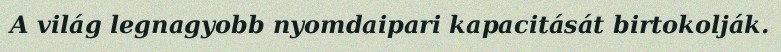
A világ legnagyobb nyomdaipari kapacitását birtokolják.